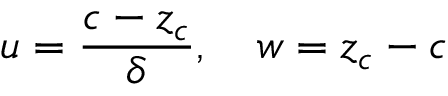
u = \frac { c - z _ { c } } { \delta } , \quad w = z _ { c } - c